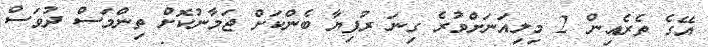
އޭގެ ތެރެއިން 2 މިލިއަނަށްވުރެ ގިނަ ރުފިޔާ ބެންކަށް ޖަމާނުކޮށް ތިންމަސް ދުވަސް